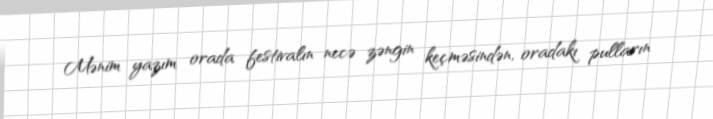
Mənim yazım orada festivalın necə zəngin keçməsindən, oradakı pulların